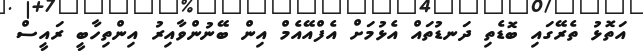
އަތޮޅު ތެރޭގައި ބޮޑެތި ދަނޑުތައް އެޅުމަށް އެފްއޭއެމް އިން ބޭނުންވާއިރު އިންތިހާބީ ރައީސް